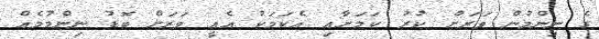
ގެ ނިންމުން ވަރަށް ކުރު ކަމަށާއި އެކަމަކު އެއީ ވަރަށް ބޮޑު ނިންމުމެއް